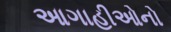
આગાહીઓનો